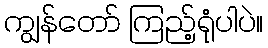
ကျွန်တော် ကြည့်ရုံပါပဲ။